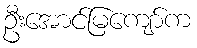
ဦးအောင်မြကျော်က